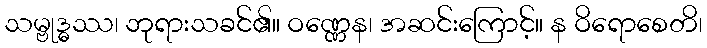
သမ္ဗုဒ္ဓဿ၊ ဘုရားသခင်၏။ ဝဏ္ဏေန၊ အဆင်းကြောင့်။ န ဝိရောစေတိ၊